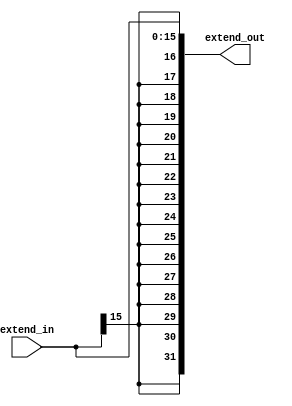
`timescale 1ns/1ns

module SignExtend(
    input [15:0]extend_in,
    output reg[31:0]extend_out
);

always @*
begin
    extend_out=$signed(extend_in);
end

endmodule